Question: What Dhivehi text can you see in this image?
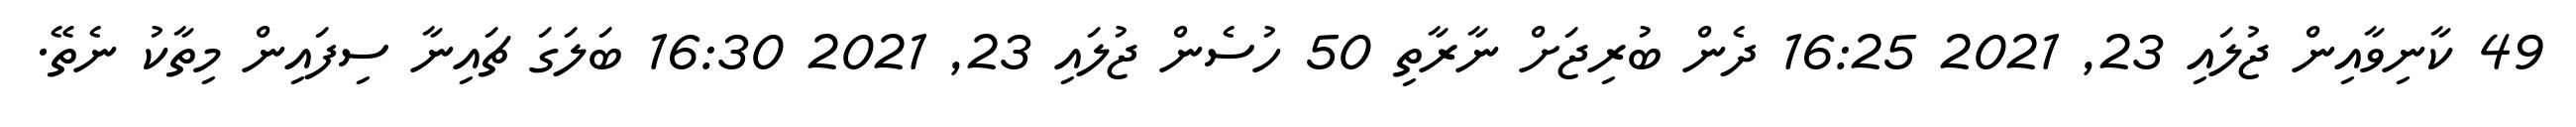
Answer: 49 ކާނިވާއިން ޖުލައި 23, 2021 16:25 ދެން ބުރިޖަށް ނާރާތި 50 ހުސެން ޖުލައި 23, 2021 16:30 ބަލަގަ ޗައިނާ ސިފައިން މިތާކު ނެތޭ.